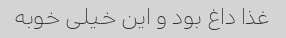
غذا داغ بود و این خیلی خوبه